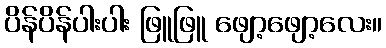
ပိန်ပိန်ပါးပါး ဖြူဖြူ ဖျော့ဖျော့လေး။